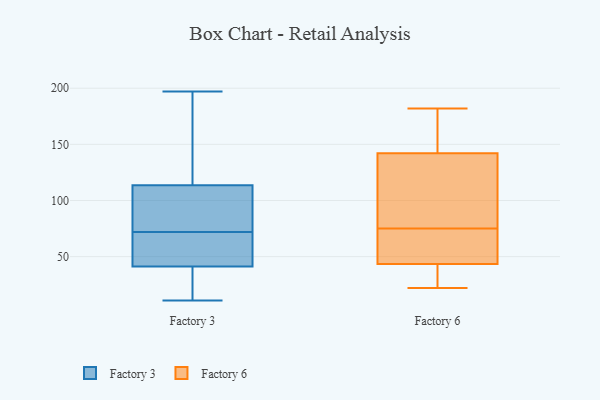
{"axis": {"x": "Latency (ms)", "y": "Value"}, "legend": ["Factory 3", "Factory 6"], "data": [{"x": "", "y": 51, "type": "Factory 3"}, {"x": "", "y": 70, "type": "Factory 3"}, {"x": "", "y": 124, "type": "Factory 3"}, {"x": "", "y": 28, "type": "Factory 3"}, {"x": "", "y": 86, "type": "Factory 3"}, {"x": "", "y": 72, "type": "Factory 3"}, {"x": "", "y": 51, "type": "Factory 3"}, {"x": "", "y": 106, "type": "Factory 3"}, {"x": "", "y": 115, "type": "Factory 3"}, {"x": "", "y": 109, "type": "Factory 3"}, {"x": "", "y": 16, "type": "Factory 3"}, {"x": "", "y": 11, "type": "Factory 3"}, {"x": "", "y": 100, "type": "Factory 3"}, {"x": "", "y": 38, "type": "Factory 3"}, {"x": "", "y": 65, "type": "Factory 3"}, {"x": "", "y": 27, "type": "Factory 3"}, {"x": "", "y": 126, "type": "Factory 3"}, {"x": "", "y": 161, "type": "Factory 3"}, {"x": "", "y": 197, "type": "Factory 3"}, {"x": "", "y": 22, "type": "Factory 6"}, {"x": "", "y": 65, "type": "Factory 6"}, {"x": "", "y": 102, "type": "Factory 6"}, {"x": "", "y": 74, "type": "Factory 6"}, {"x": "", "y": 91, "type": "Factory 6"}, {"x": "", "y": 27, "type": "Factory 6"}, {"x": "", "y": 33, "type": "Factory 6"}, {"x": "", "y": 76, "type": "Factory 6"}, {"x": "", "y": 39, "type": "Factory 6"}, {"x": "", "y": 137, "type": "Factory 6"}, {"x": "", "y": 170, "type": "Factory 6"}, {"x": "", "y": 147, "type": "Factory 6"}, {"x": "", "y": 68, "type": "Factory 6"}, {"x": "", "y": 182, "type": "Factory 6"}, {"x": "", "y": 176, "type": "Factory 6"}, {"x": "", "y": 48, "type": "Factory 6"}]}